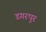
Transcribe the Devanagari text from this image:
डगरपुर